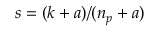
s = ( k + a ) / ( n _ { p } + a )